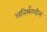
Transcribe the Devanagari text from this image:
अनिर्भरशील